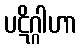
ပဋိဂ္ဂါဟာ